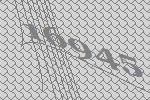
16945